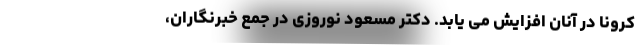
کرونا در آنان افزایش می یابد. دکتر مسعود نوروزی در جمع خبرنگاران،